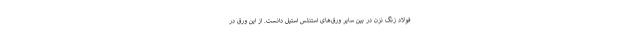
فولاد زنگ نزن در بین سایر ورق‌های استنلس استیل دانست. از این ورق در